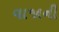
વાજાની